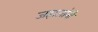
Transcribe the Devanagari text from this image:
जहाजांनी